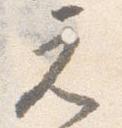
元